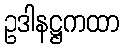
ဥဒါနဋ္ဌကထာ